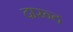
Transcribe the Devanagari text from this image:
दारन्द